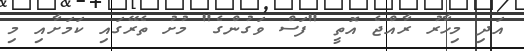
އަދި މިހާރު ރާއްޖެ އޮތީ "ފަސް ވަގުންގެ" މުށު ތެރޭގައި ކަމަށާއި މި